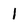
Character: 1